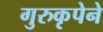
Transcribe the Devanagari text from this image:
गुरुकृपेने